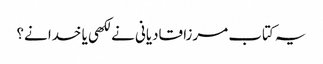
یہ کتاب مرزا قادیانی نے لکھی یا خدا نے؟